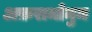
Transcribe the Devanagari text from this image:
अफ़रामोमुम